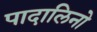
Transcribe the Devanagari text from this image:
पादालिनो